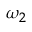
\omega _ { 2 }